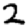
Digit: 2